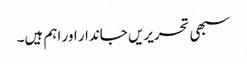
سبھی تحریریں جاندار اور اہم ہیں۔